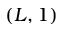
( L , 1 )